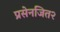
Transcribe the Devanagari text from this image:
प्रसेनजित२